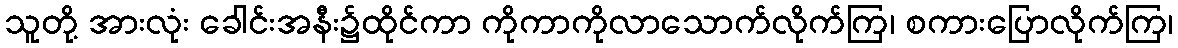
သူတို့ အားလုံး ခေါင်းအနီး၌ထိုင်ကာ ကိုကာကိုလာသောက်လိုက်ကြ၊ စကားပြောလိုက်ကြ၊